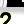
Digit: 2